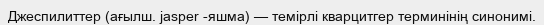
Джеспилиттер (ағылш. jasper -яшма) — темірлі кварцитгер терминінің синонимі.